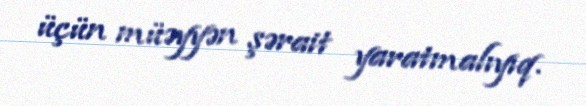
üçün müəyyən şərait yaratmalıyıq.